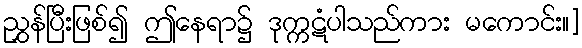
ညွှန်ပြီးဖြစ်၍ ဤနေရာ၌ ဒုက္ကဋံပါသည်ကား မကောင်း။]